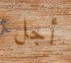
أجل